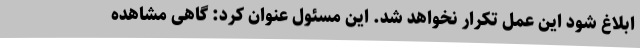
ابلاغ شود این عمل تکرار نخواهد شد. این مسئول عنوان کرد: گاهی مشاهده